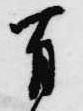
有